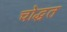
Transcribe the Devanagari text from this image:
चोद्धत